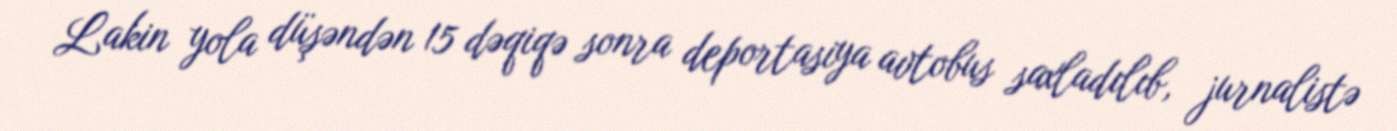
Lakin yola düşəndən 15 dəqiqə sonra deportasiya avtobus saxladılıb, jurnalistə